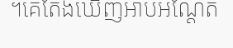
។គេតែងឃើញអាបអណ្តែត